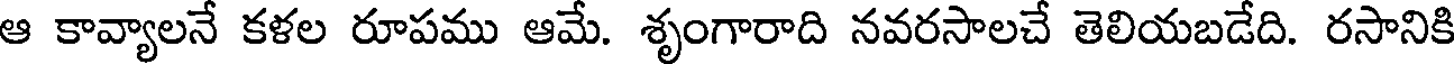
ఆ కావ్యాలనే కళల రూపము ఆమే. శృంగారాది నవరసాలచే తెలియబడేది. రసానికి